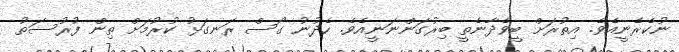
ނުކެރެނީއެވެ. އިތުރަށް ބީވެދާނެތީ ބިރުގަންނަނީއެވެ. ހެދުނު ގޯސް ރަނގަޅު ކުރުމަށް ތިން ފުރުސަތު